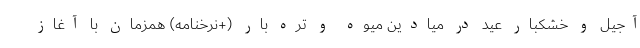
آجیل و خشکبار عید در میادین میوه و تره بار (+نرخنامه) همزمان با آغاز